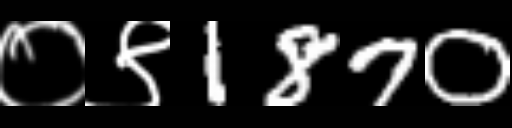
Text: ०९1870